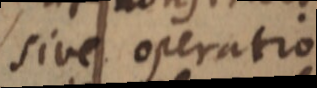
sive operatio